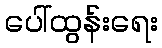
ပေါ်ထွန်းရေး